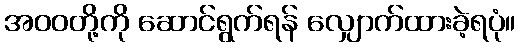
အဝဝတို့ကို ဆောင်ရွက်ရန် လျှောက်ထားခဲ့ရပုံ။